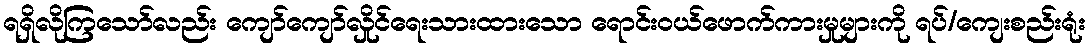
ရရှိလိုကြသော်လည်း ကျော်ကျော်လှိုင်ရေးသားထားသော ရောင်းဝယ်ဖောက်ကားမှုများကို ရပ်/ကျေးစည်းရုံး